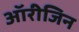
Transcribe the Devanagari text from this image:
ऑरीजिन